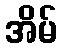
အိမ်